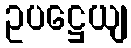
ဥပဋ္ဌေယျ